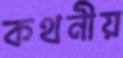
কথনীয়